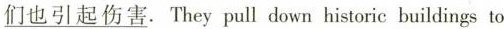
\underline{们也引起伤害}.They pull down historic buildings to